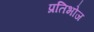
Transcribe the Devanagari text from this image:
प्रतिभोज